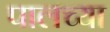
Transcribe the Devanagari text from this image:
पालच्या